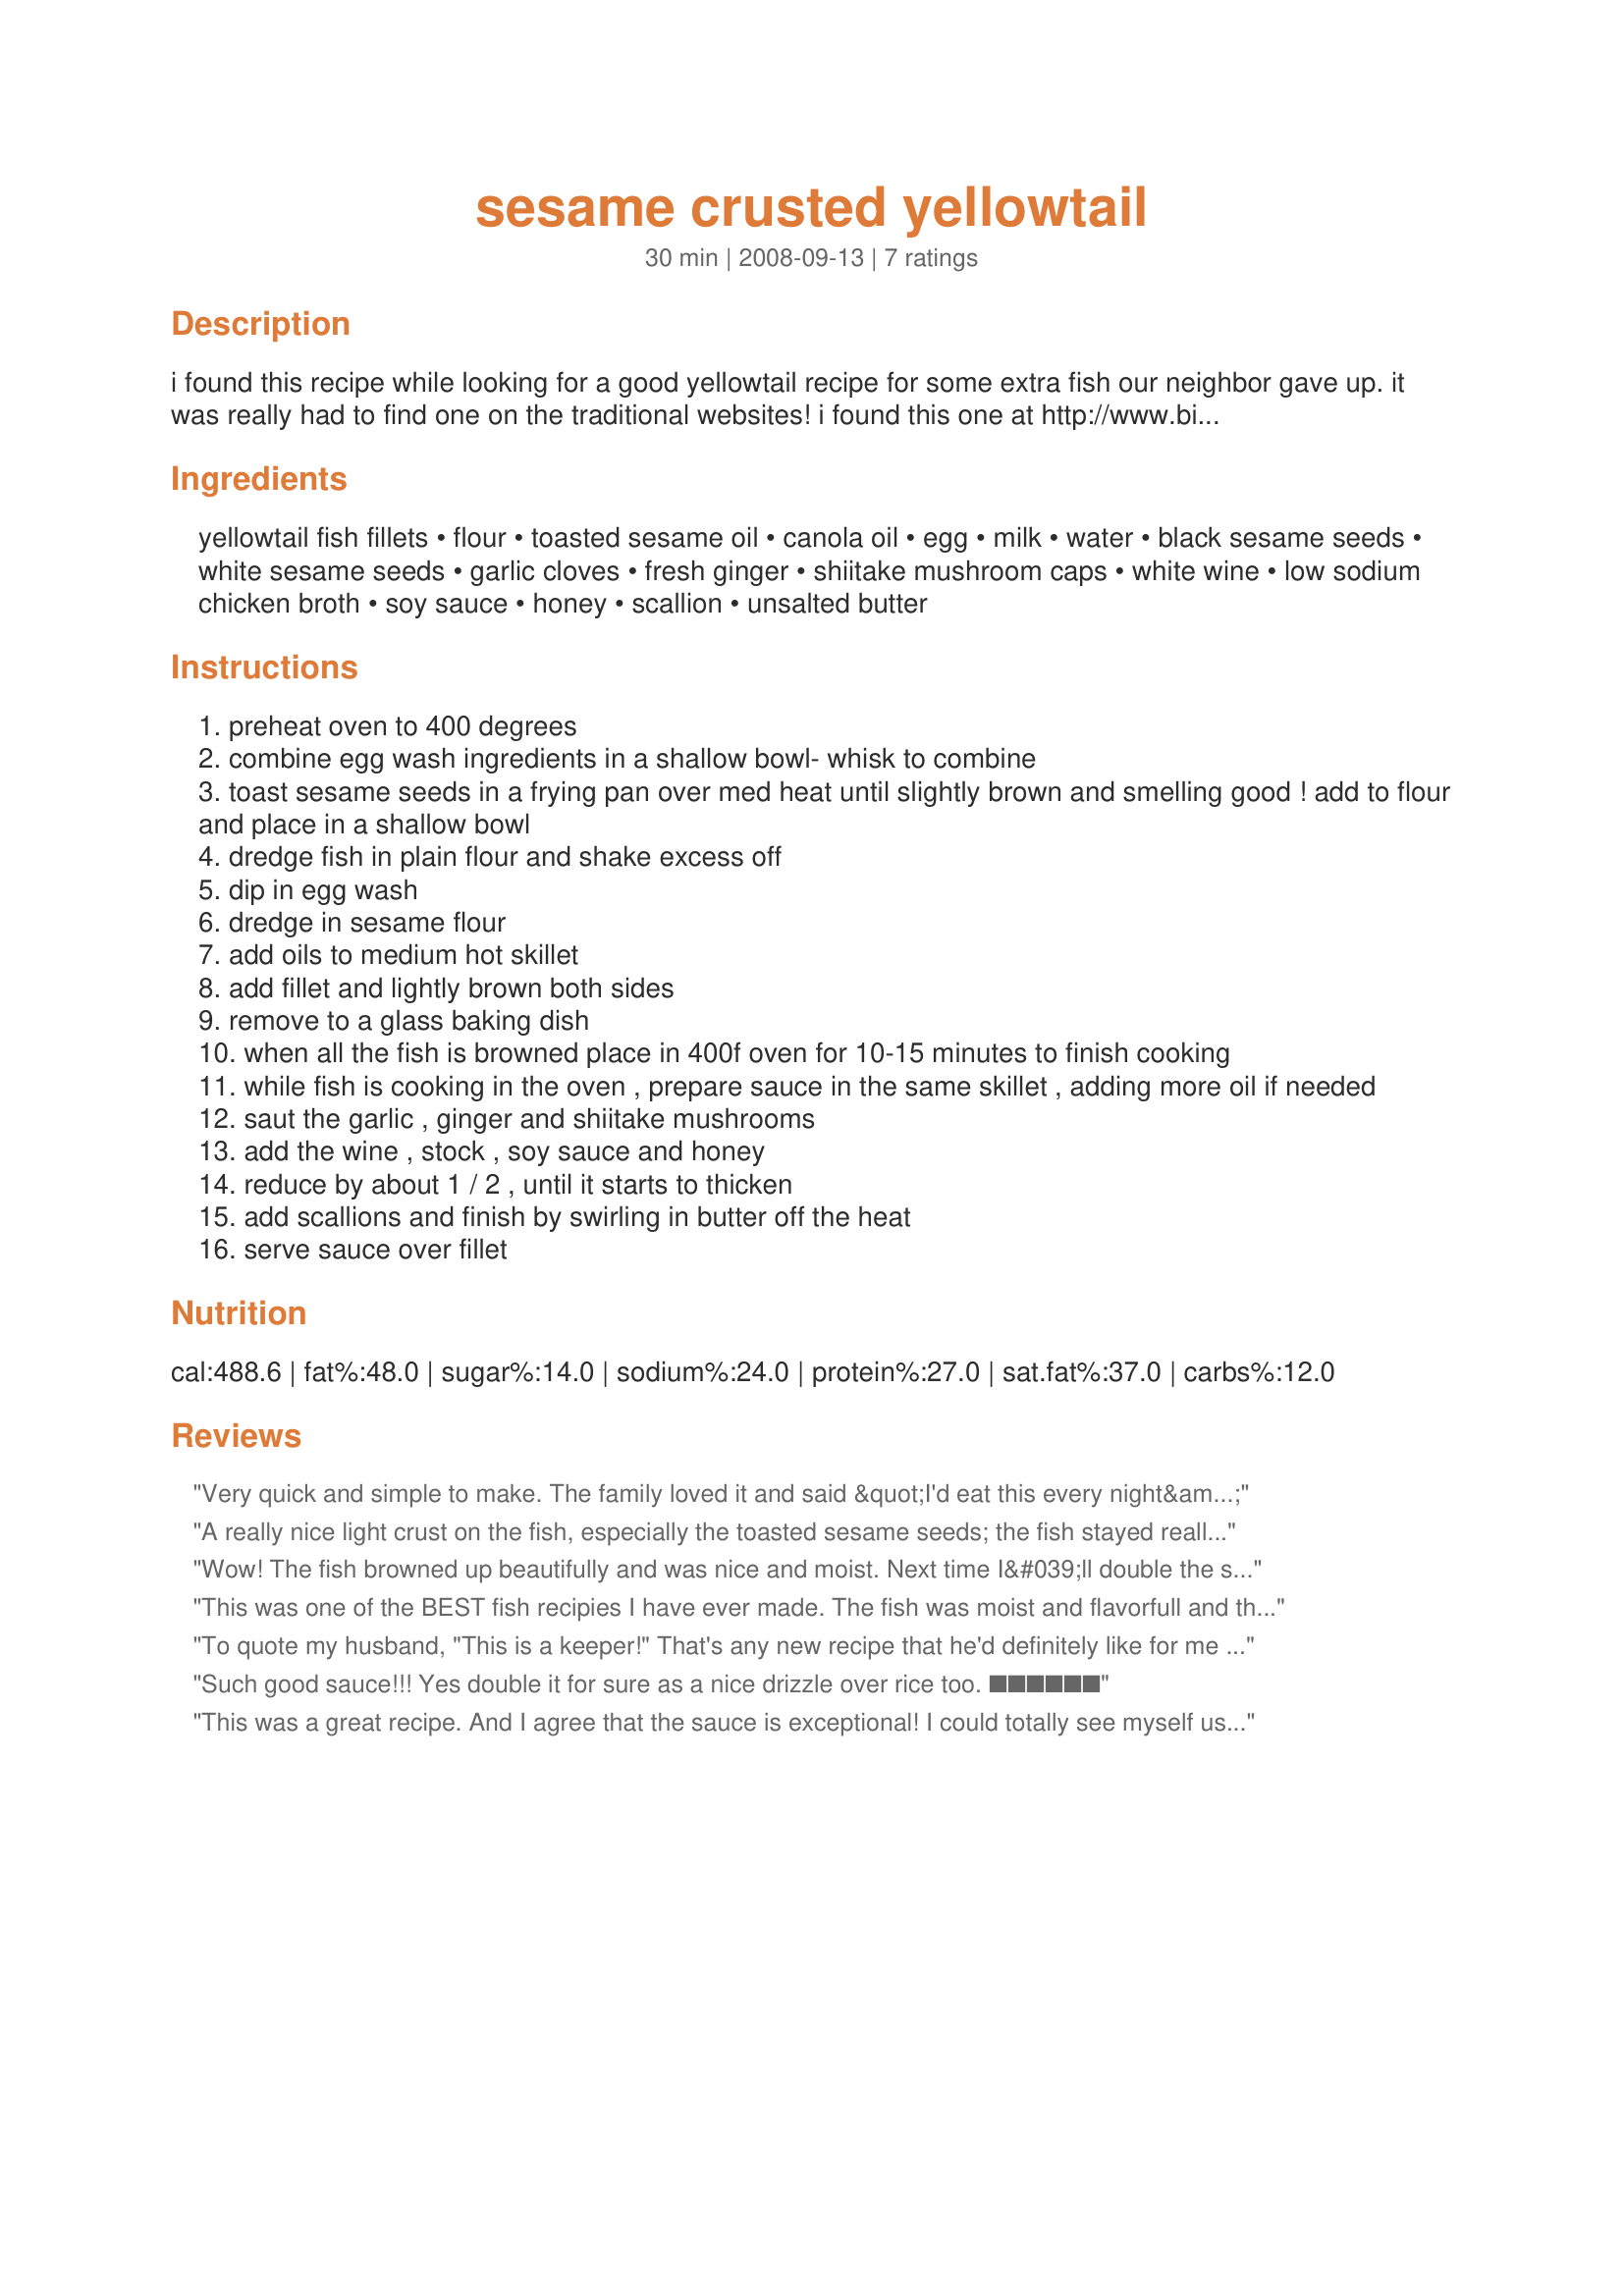
sesame crusted yellowtail
Preparation time: 30 minutes

i found this recipe while looking for a good yellowtail recipe for some extra fish our neighbor gave up. it was really had to find one on the traditional websites! i found this one at http://www.bigfishtackle.com/forum/fish_and_game_recipes_c65/fish_recipes_f116/yellowtail_recipes_p162066/ posted by tuben2. it was so good that i wanted to post it here so that i would not loose it. this would be good with any firm mild fish.

Ingredients:
yellowtail fish fillets, flour, toasted sesame oil, canola oil, egg, milk, water, black sesame seeds, white sesame seeds, garlic cloves, fresh ginger, shiitake mushroom caps, white wine, low sodium chicken broth, soy sauce, honey, scallion, unsalted butter

Steps:
preheat oven to 400 degrees
combine egg wash ingredients in a shallow bowl- whisk to combine
toast sesame seeds in a frying pan over med heat until slightly brown and smelling good ! add to flour and place in a shallow bowl
dredge fish in plain flour and shake excess off
dip in egg wash
dredge in sesame flour
add oils to medium hot skillet
add fillet and lightly brown both sides
remove to a glass baking dish
when all the fish is browned place in 400f oven for 10-15 minutes to finish cooking
while fish is cooking in the oven , prepare sauce in the same skillet , adding more oil if needed
saut the garlic , ginger and shiitake mushrooms
add the wine , stock , soy sauce and honey
reduce by about 1 / 2 , until it starts to thicken
add scallions and finish by swirling in butter off the heat
serve sauce over fillet

Reviews:
Very quick and simple to make. The family loved it and said &quot;I'd eat this every night&quot;
A really nice light crust on the fish, especially the toasted sesame seeds; the fish stayed really moist. I recommend doubling or tripling the sauce - it has fabulous flavor, but the original amount barely makes enough to dribble a bit on each filet.
Wow! The fish browned up beautifully and was nice and moist. Next time I&#039;ll double the sauce. It is fantastic.
This was one of the BEST fish recipies I have ever made. The fish was moist and flavorfull and the suase was gret. I will be sharing and amking this whenever I can get good Yellowtail
To quote my husband, "This is a keeper!"

That's any new recipe that he'd definitely like for me to make again.
Simply delicious!!!

We're making it tonight, for the third time. (It helps to have lots of yellowtail in the freezer.) Try it!
Such good sauce!!! Yes double it for sure as a nice drizzle over rice too. ������
This was a great recipe. And I agree that the sauce is exceptional! I could totally see myself using the same sauce with other white fish! Thanks for sharing!
